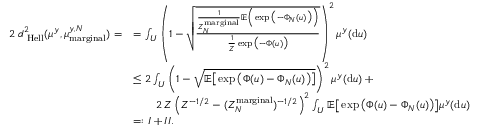
\begin{array} { r l } { 2 \; d _ { \mathrm { \tiny \mathrm { ~ H e l l } } } ^ { 2 } ( \mu ^ { y } , \mu _ { \mathrm { m a r g i n a l } } ^ { y , N } ) = } & { = \int _ { U } \left( 1 - \sqrt { \frac { \frac { 1 } { Z _ { N } ^ { \mathrm { m a r g i n a l } } } \mathbb { E } \Big ( \exp \big ( - \Phi _ { N } ( u ) \big ) \Big ) } { \frac { 1 } { Z } \exp \big ( - \Phi ( u ) \big ) } } \right) ^ { 2 } \mu ^ { y } ( \mathrm { d } u ) } \\ & { \leq 2 \int _ { U } \left( 1 - \sqrt { \mathbb { E } \big [ \exp \big ( \Phi ( u ) - \Phi _ { N } ( u ) \big ) \big ] } \right) ^ { 2 } \mu ^ { y } ( \mathrm { d } u ) \; + } \\ & { \qquad 2 \, Z \left( Z ^ { - 1 / 2 } - ( Z _ { N } ^ { \mathrm { m a r g i n a l } } ) ^ { - 1 / 2 } \right) ^ { 2 } \int _ { U } \mathbb { E } \big [ \exp \big ( \Phi ( u ) - \Phi _ { N } ( u ) \big ) \big ] \mu ^ { y } ( \mathrm { d } u ) } \\ & { = : I + I I . } \end{array}